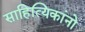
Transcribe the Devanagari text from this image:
साहित्यिकांनो